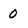
Character: 0